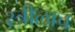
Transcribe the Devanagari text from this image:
स्त्रीलाच